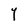
Character: Y